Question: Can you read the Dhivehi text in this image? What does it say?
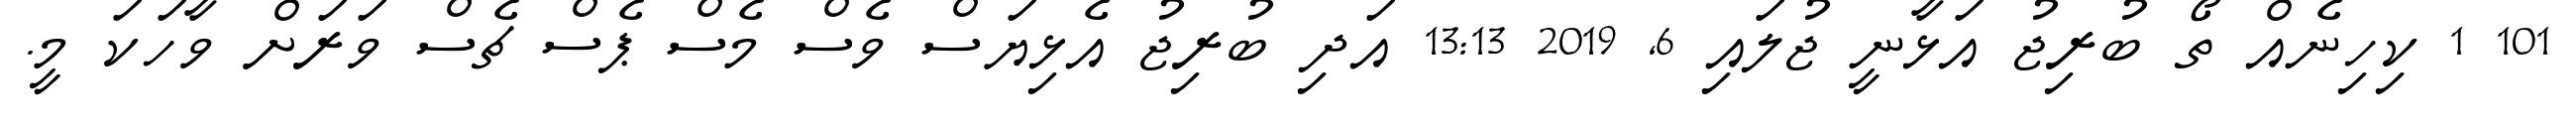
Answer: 101 1 ކިހިނެއް ތޯ ބުރިޖު އަޅާނީ ޖުލައި 6, 2019 13:13 އަދި ބުރިޖު އެޅިޔަސް ވެސް މެސް ޕެސް ޗެސް ވަރަށް ވާހަކަ މީ.